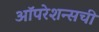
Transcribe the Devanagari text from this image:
ऑपरेशन्सची